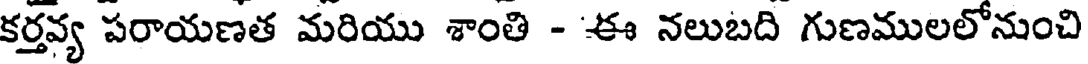
కర్తవ్య పరాయణత మరియు శాంతి - ఈ నలుబది గుణములలోనుంచి